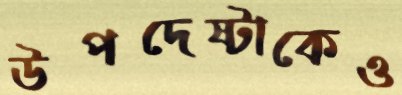
উপদেষ্টাকেও